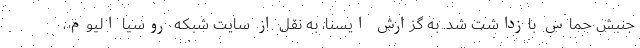
جنبش حماس بازداشت شد. به گزارش ایسنا، به نقل از سایت شبکه روسیا الیوم،